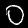
Label: 0